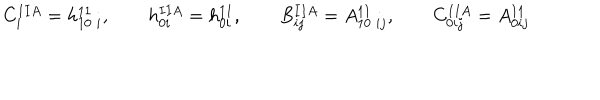
C _ { i } ^ { I I A } = h _ { 1 0 \; i } ^ { 1 1 } , \qquad h _ { 0 i } ^ { I I A } = h _ { 0 i } ^ { 1 1 } , \qquad B _ { i j } ^ { I I A } = A _ { 1 0 \; i j } ^ { 1 1 } , \qquad C _ { 0 i j } ^ { I I A } = A _ { 0 i j } ^ { 1 1 }